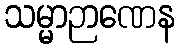
သမ္မာဉာဏေန